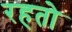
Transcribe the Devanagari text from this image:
रहतो